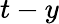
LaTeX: t-y